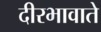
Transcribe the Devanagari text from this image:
दीरभावाते